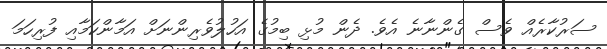
ސަރުކާރެއް ވެސް ގެންނާނެ އެވެ. ދެން މުޅި ބިމުގެ އަހުލުވެރިންނަށް އަމާންކަމާއި ފުރިހަމަ